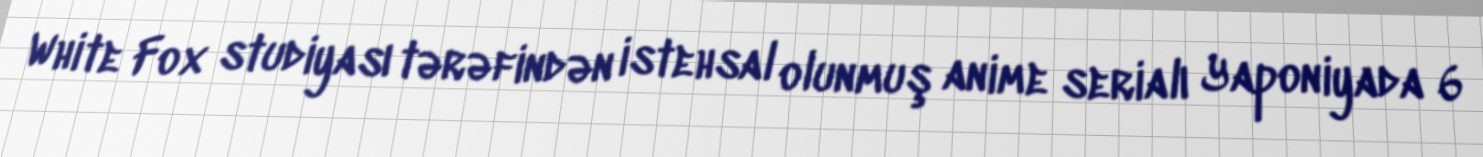
White Fox studiyası tərəfindən istehsal olunmuş anime serialı Yaponiyada 6